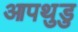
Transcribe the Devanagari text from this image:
आपथुडु